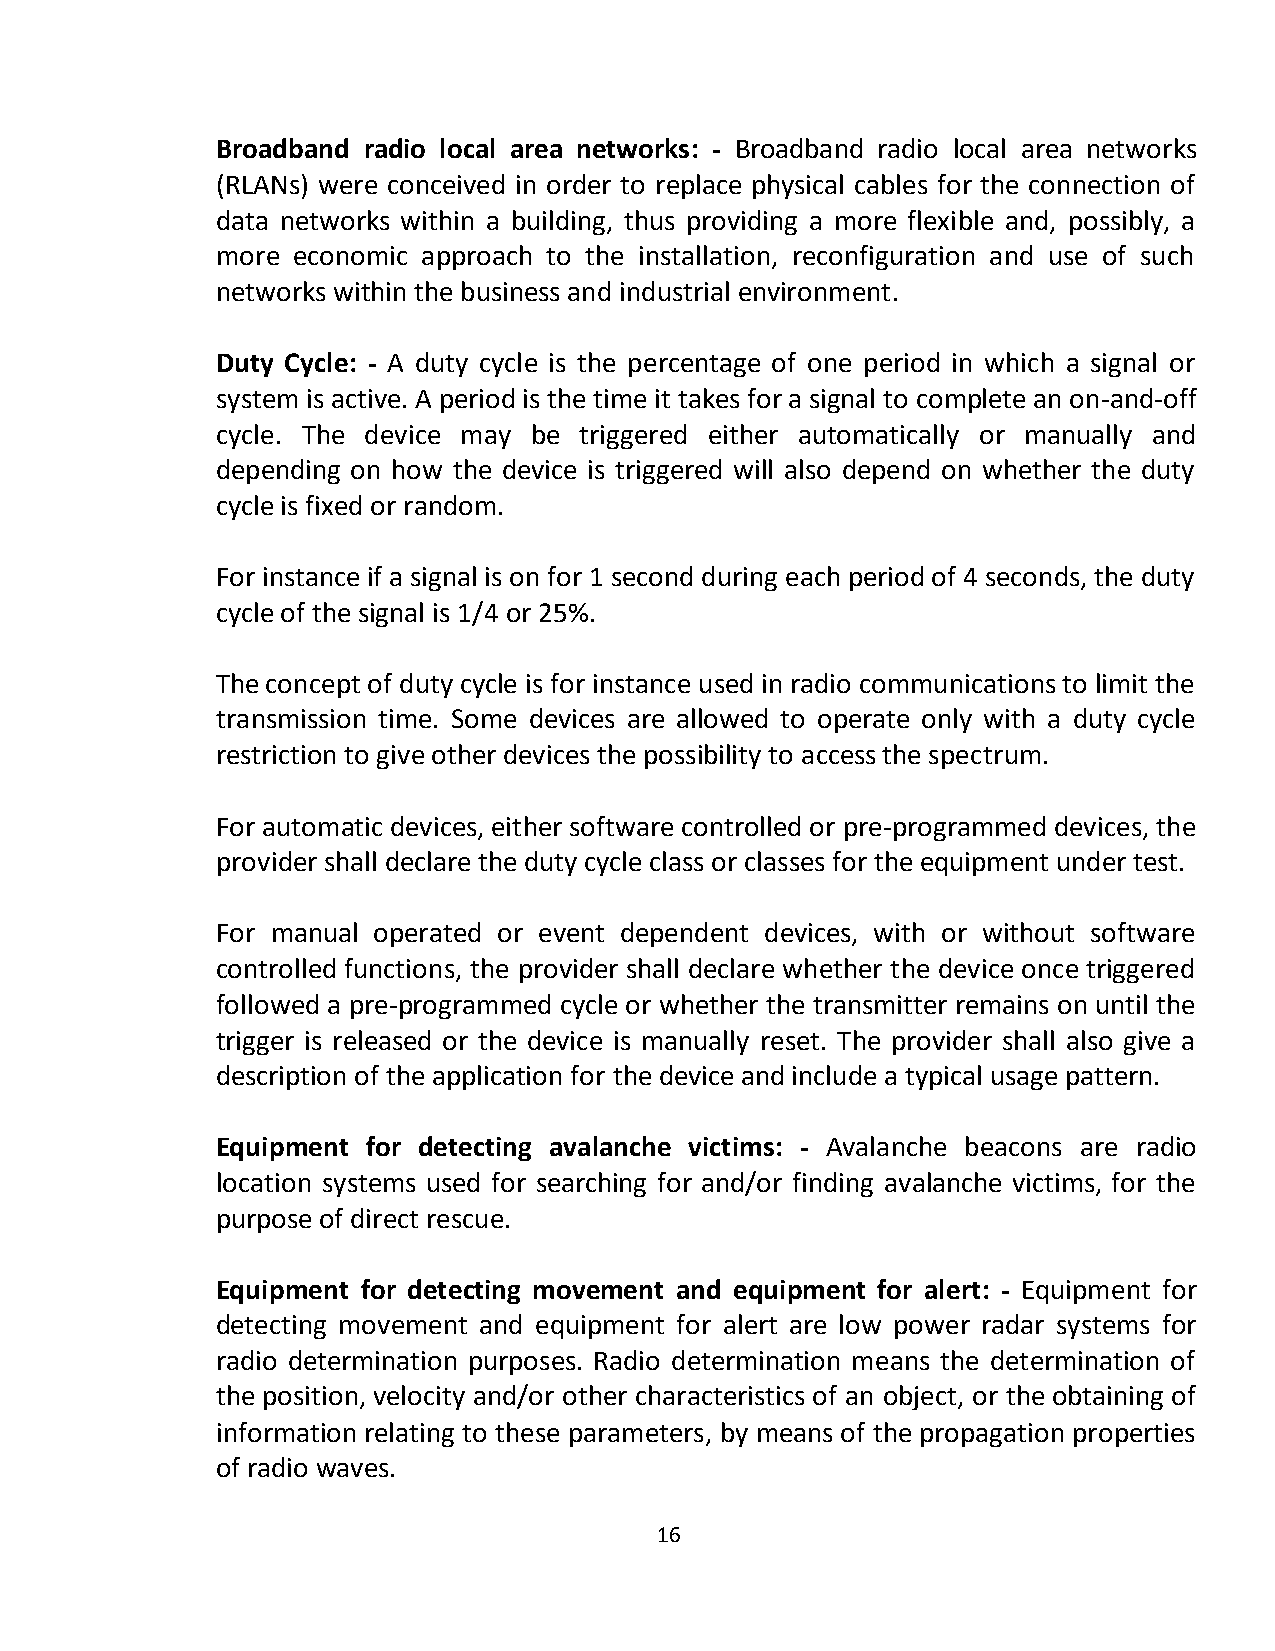
Broadband radio local area networks: - Broadband radio local area networks
 (RLANs) were conceived in order to replace physical cables for the connection of
 data networks within a building, thus providing a more flexible and, possibly, a
 more economic approach to the installation, reconfiguration and use of such
 networks within the business and industrial environment.
 Duty Cycle: - A duty cycle is the percentage of one period in which a signal or
 system is active. A period is the time it takes for a signal to complete an on-and-off
 cycle. The device may be triggered either automatically or manually and
 depending on how the device is triggered will also depend on whether the duty
 cycle is fixed or random.
 For instance if a signal is on for 1 second during each period of 4 seconds, the duty
 cycle of the signal is 1/4 or 25%.
 The concept of duty cycle is for instance used in radio communications to limit the
 transmission time. Some devices are allowed to operate only with a duty cycle
 restriction to give other devices the possibility to access the spectrum.
 For automatic devices, either software controlled or pre-programmed devices, the
 provider shall declare the duty cycle class or classes for the equipment under test.
 For manual operated or event dependent devices, with or without software
 controlled functions, the provider shall declare whether the device once triggered
 followed a pre-programmed cycle or whether the transmitter remains on until the
 trigger is released or the device is manually reset. The provider shall also give a
 description of the application for the device and include a typical usage pattern.
 Equipment for detecting avalanche victims: - Avalanche beacons are radio
 location systems used for searching for and/or finding avalanche victims, for the
 purpose of direct rescue.
 Equipment for detecting movement and equipment for alert: - Equipment for
 detecting movement and equipment for alert are low power radar systems for
 radio determination purposes. Radio determination means the determination of
 the position, velocity and/or other characteristics of an object, or the obtaining of
 information relating to these parameters, by means of the propagation properties
 of radio waves.
 16